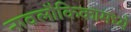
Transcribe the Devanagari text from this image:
नावलौकिकामध्ये